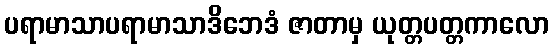
ပရာမာသာပရာမာသာဒိဘေဒံ ဇာတာမှ ယုတ္တပတ္တကာလော